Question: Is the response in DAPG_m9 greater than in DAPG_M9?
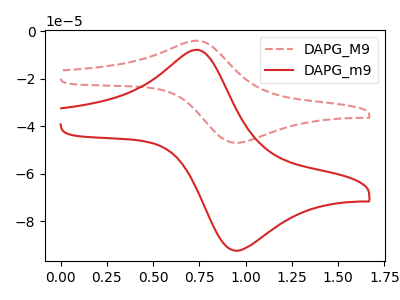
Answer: <think>The red dashed curve "DAPG_M9" has an anodic peak at (0.75V, -4.00uA) and a cathodic peak at (0.95V, -47.00uA). The red curve "DAPG_m9" has an anodic peak at (0.75V, -7.85uA) and a cathodic peak at (0.95V, -92.35uA).
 All the peaks in "DAPG_m9" have a peak in "DAPG_M9" at the same potential.</think>
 <answer>I cant tell if "DAPG_m9" or "DAPG_M9" has more signal.</answer>
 <eval>mixed_signal</eval>